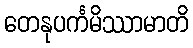
တေနုပင်္ကမိဿာမာတိ